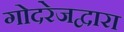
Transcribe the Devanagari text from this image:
गोदरेजद्वारा